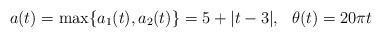
\begin{align*}a(t)=\max\{a_1(t), a_2(t)\}=5+|t-3|, \ \ \theta(t)=20\pi t\end{align*}